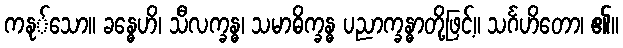
ကနု်သော။ ခန္ဓေဟိ၊ သီလက္ခန္ဓ၊ သမာဓိက္ခန္ဓ ပညာက္ခန္ဓာတို့ဖြင့်။ သင်္ဂဟိတော၊ ၏။